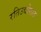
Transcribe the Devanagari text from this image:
रतिउद्योगात